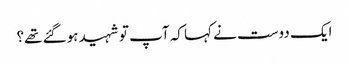
ایک دوست نے کہا کہ آپ تو شہید ہوگئے تھے؟